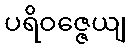
ပရိဝဇ္ဇေယျ